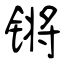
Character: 锵